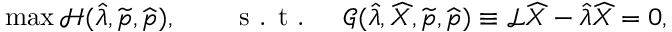
\operatorname* { m a x } \mathcal { H } ( \widehat { \lambda } , \widetilde { \boldsymbol { p } } , \widehat { \boldsymbol { p } } ) , \qquad \textrm { s . t . } \quad \mathcal { G } ( \widehat { \lambda } , \widehat { X } , \widetilde { \boldsymbol { p } } , \widehat { \boldsymbol { p } } ) \equiv \mathcal { L } \widehat { X } - \widehat { \lambda } \widehat { X } = 0 ,